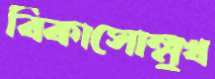
বিকাসোন্মুখ